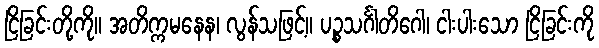
ငြိခြင်းတို့ကို။ အတိက္ကမနေန၊ လွန်သဖြင့်။ ပဉ္စသင်္ဂါတိဂေါ၊ ငါးပါးသော ငြိခြင်းကို